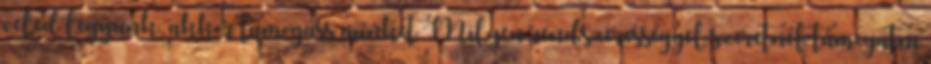
veled legyünk, akkor támogass minket Milyen rendszerességgel szeretnél támogatni